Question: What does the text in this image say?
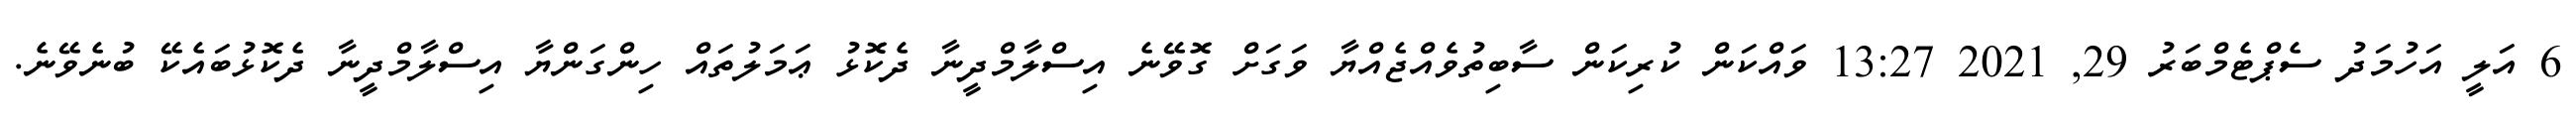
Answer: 6 އަލީ އަހުމަދު ސެޕްޓެމްބަރު 29, 2021 13:27 ވައްކަން ކުރިކަން ސާބިތުވެއްޖެއްޔާ ވަގަށް ގޮވޭނެ އިސްލާމްދީނާ ދެކޮޅު ޢަމަލުތައް ހިންގަންޔާ އިސްލާމްދީނާ ދެކޮޅުބައެކޭ ބުނެވޭނެ.